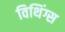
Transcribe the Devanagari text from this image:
विथिंग्स